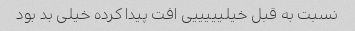
نسبت به قبل خیلیییییی افت پیدا کرده خیلی بد بود